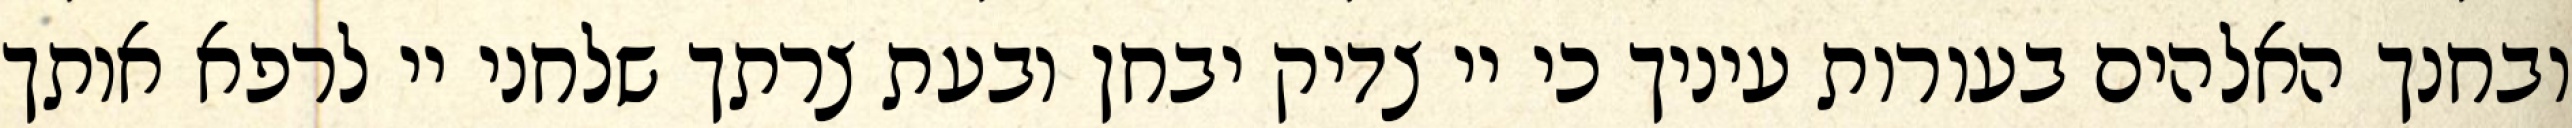
ובחנך האלהים בעורות עיניך כי יי צדיק יבחן ובעת צרתך שלחני יי לרפא אותך